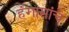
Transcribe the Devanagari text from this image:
हंगामांचे